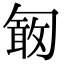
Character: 𠣽